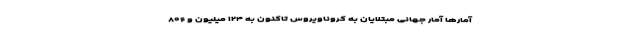
آمارها آمار جهانیِ مبتلایان به کروناویروس تاکنون به ۱۲۴ میلیون و ۸۰۶